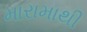
મારામાથી